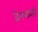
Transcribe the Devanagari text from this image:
जेनयाती